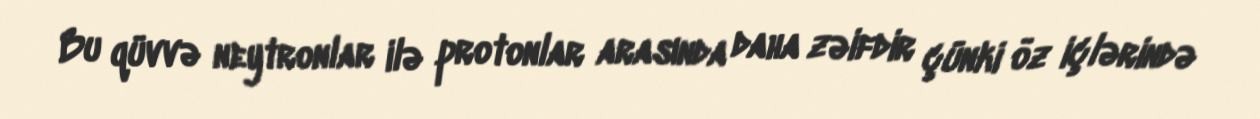
Bu qüvvə neytronlar ilə protonlar arasında daha zəifdir çünki öz içlərində